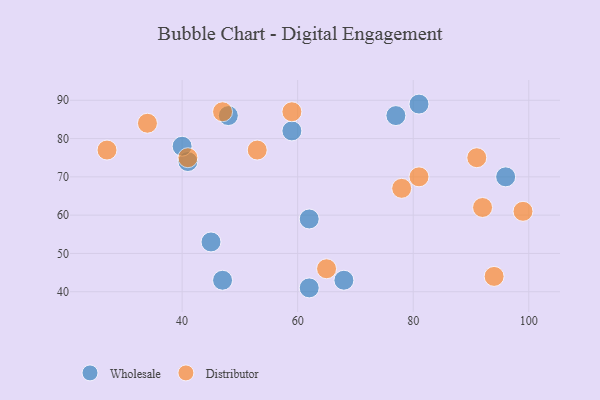
{"axis": {"x": "GDP", "y": "Life Expectancy"}, "legend": ["Distributor", "Wholesale"], "data": [{"x": "62", "y": 41, "type": "Wholesale"}, {"x": "59", "y": 82, "type": "Wholesale"}, {"x": "96", "y": 70, "type": "Wholesale"}, {"x": "62", "y": 59, "type": "Wholesale"}, {"x": "68", "y": 43, "type": "Wholesale"}, {"x": "47", "y": 43, "type": "Wholesale"}, {"x": "45", "y": 53, "type": "Wholesale"}, {"x": "77", "y": 86, "type": "Wholesale"}, {"x": "48", "y": 86, "type": "Wholesale"}, {"x": "81", "y": 89, "type": "Wholesale"}, {"x": "41", "y": 74, "type": "Wholesale"}, {"x": "40", "y": 78, "type": "Wholesale"}, {"x": "94", "y": 44, "type": "Distributor"}, {"x": "59", "y": 87, "type": "Distributor"}, {"x": "41", "y": 75, "type": "Distributor"}, {"x": "78", "y": 67, "type": "Distributor"}, {"x": "47", "y": 87, "type": "Distributor"}, {"x": "53", "y": 77, "type": "Distributor"}, {"x": "91", "y": 75, "type": "Distributor"}, {"x": "65", "y": 46, "type": "Distributor"}, {"x": "92", "y": 62, "type": "Distributor"}, {"x": "27", "y": 77, "type": "Distributor"}, {"x": "81", "y": 70, "type": "Distributor"}, {"x": "34", "y": 84, "type": "Distributor"}, {"x": "99", "y": 61, "type": "Distributor"}]}